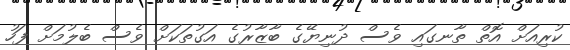
ކުރިއަށް އޮތް ތާނގައި ވެސް ދުނިޔޭގެ ބާޒާރުގެ އަގުތަކަށް ވެސް ބެލުމަށް ފަހު